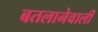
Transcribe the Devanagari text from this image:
बतलानेवाली